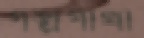
গল্পগাথা